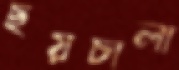
ছয়চালা